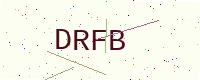
Text: DRFB